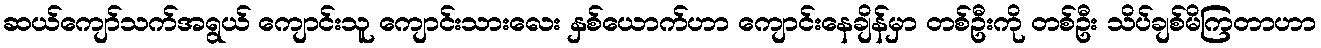
ဆယ်ကျော်သက်အရွယ် ကျောင်းသူ ကျောင်းသားလေး နှစ်ယောက်ဟာ ကျောင်းနေချိန်မှာ တစ်ဦးကို တစ်ဦး သိပ်ချစ်မိကြတာဟာ